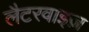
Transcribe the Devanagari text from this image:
लैटरवाइज़